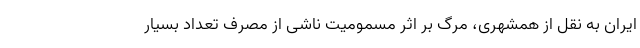
ایران به نقل از همشهری، مرگ بر اثر مسمومیت ناشی از مصرف تعداد بسیار